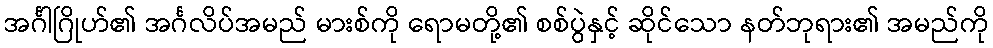
အင်္ဂါဂြိုဟ်၏ အင်္ဂလိပ်အမည် မားစ်ကို ရောမတို့၏ စစ်ပွဲနှင့် ဆိုင်သော နတ်ဘုရား၏ အမည်ကို